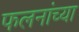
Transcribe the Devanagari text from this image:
फलनांच्या